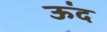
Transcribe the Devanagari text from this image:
ऊंद